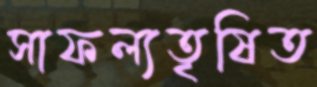
সাফল্যতৃষিত